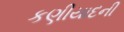
કણીયાદની